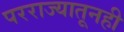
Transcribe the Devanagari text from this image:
परराज्यातूनही